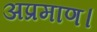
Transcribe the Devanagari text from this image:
अप्रमाण।